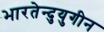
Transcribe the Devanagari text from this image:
भारतेन्दुयुगीन